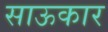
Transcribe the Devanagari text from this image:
साऊकार